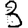
Digit: 3